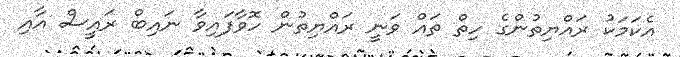
އެކަމަކު ރައްޔިތުންގެ ހިތް ތައް ވަނީ ރައްޔިތުން ހޮވާފައިވާ ނައިބް ރައީސް އާއި